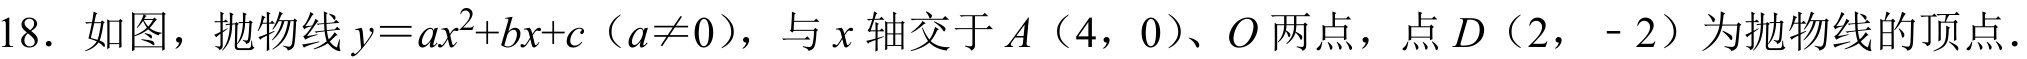
18. 如图，抛物线\(y = ax^{2}+bx + c\)（\(a\neq0\)），与\(x\)轴交于\(A(4,0)\)、\(O\)两点，点\(D(2,-2)\)为抛物线的顶点．